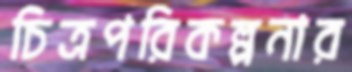
চিত্রপরিকল্পনার